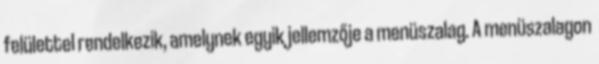
felülettel rendelkezik, amelynek egyik jellemzője a menüszalag. A menüszalagon